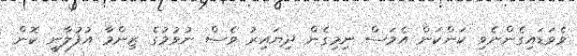
ވެވަޑައިގެންނެވި ކަންކަން އެމަސް ނިމިގެން ދިޔައިރު ވެސް ނުވުމުގެ ޒިންމާ އުފުލާނީ ކޮން